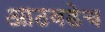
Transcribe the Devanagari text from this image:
आठवडेच